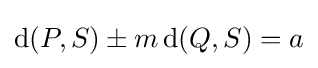
\operatorname {d} (P,S)\pm m\operatorname {d} (Q,S)=a